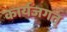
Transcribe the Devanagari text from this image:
कार्यजगत्